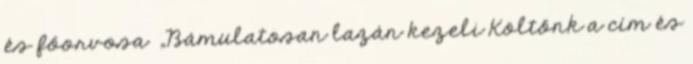
és főorvosa „Bámulatosan lazán kezeli Költőnk a cím és